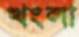
খংলা